Malaria in the Punjab - Number 46
Disease focus: Malaria
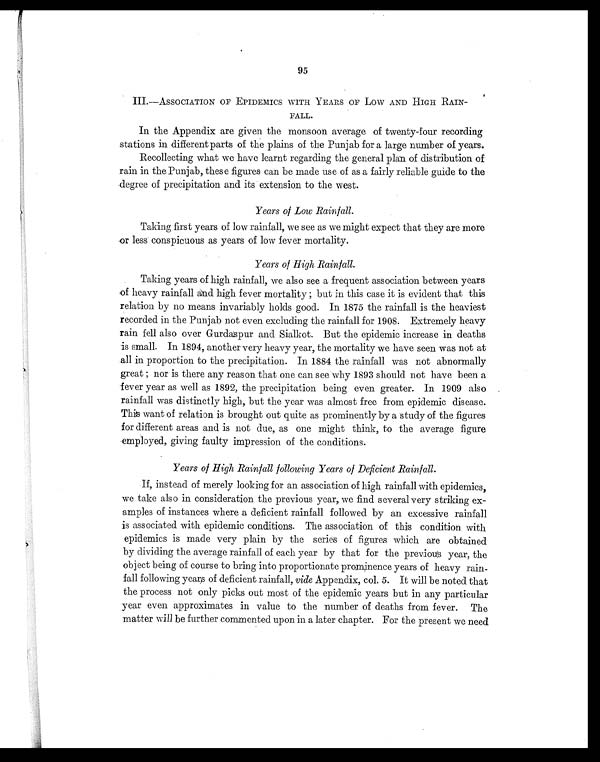
95
III.—ASSOCIATION OF EPIDEMICS WITH YEARS OF LOW AND HIGH RAIN-
FALL.
In the Appendix are given the monsoon average of twenty-four recording
stations in different parts of the plains of the Punjab for a large number of years.
Recollecting what we have learnt regarding the general plan of distribution of
rain in the Punjab, these figures can be made use of as a fairly reliable guide to the
degree of precipitation and its extension to the west.
Years of Low Rainfall.
Taking first years of low rainfall, we see as we might expect that they are more
or less conspicuous as years of low fever mortality.
Years of High Rainfall.
Taking years of high rainfall, we also see a frequent association between years
of heavy rainfall and high fever mortality but in this case it is evident that this
relation by no means invariably holds good. In 1875 the rainfall is the heaviest
recorded in the Punjab not even excluding the rainfall for 1908. Extremely heavy
rain fell also over Gurdaspur and Sialkot. But the epidemic increase in deaths
is small. In 1894, another very heavy year, the mortality we have seen was not at
all in proportion to the precipitation. In 1884 the rainfall was not abnormally
great nor is there any reason that one can see why 1893 should not have been a
fever year as well as 1892, the precipitation being even greater. In 1909 also .
rainfall was distinctly high, but the year was almost free from epidemic disease.
This want of relation is brought out quite as prominently by a study of the figures
for different areas and is not due, as one might think, to the average figure
employed, giving faulty impression of the conditions.
Years of High Rainfall following Years of Deficient Rainfall.
I f , i n s t 0 e a d o f m e r e l y l o o k i n g f o r a n a s s o c i a t i o n o f h i g h r a i n f a l l w i t h e p i d e m i c s ,
we take also in consideration the previous year, we find several very striking ex-
amples of instances where a deficient rainfall followed by an excessive rainfall
is associated with epidemic conditions. The association of this condition with
epidemics is made very plain by the series of figures which are obtained
by dividing the average rainfall of each year by that for the previous year, the
object being of course to bring into proportionate prominence years of heavy rain-
fall following years of deficient rainfall, vide Appendix, col. 5. It will be noted that
the process not only picks out most of the epidemic years but in any particular
year even approximates in value to the number of deaths from fever. The
matter will be further commented upon in a later chapter. For the present we need